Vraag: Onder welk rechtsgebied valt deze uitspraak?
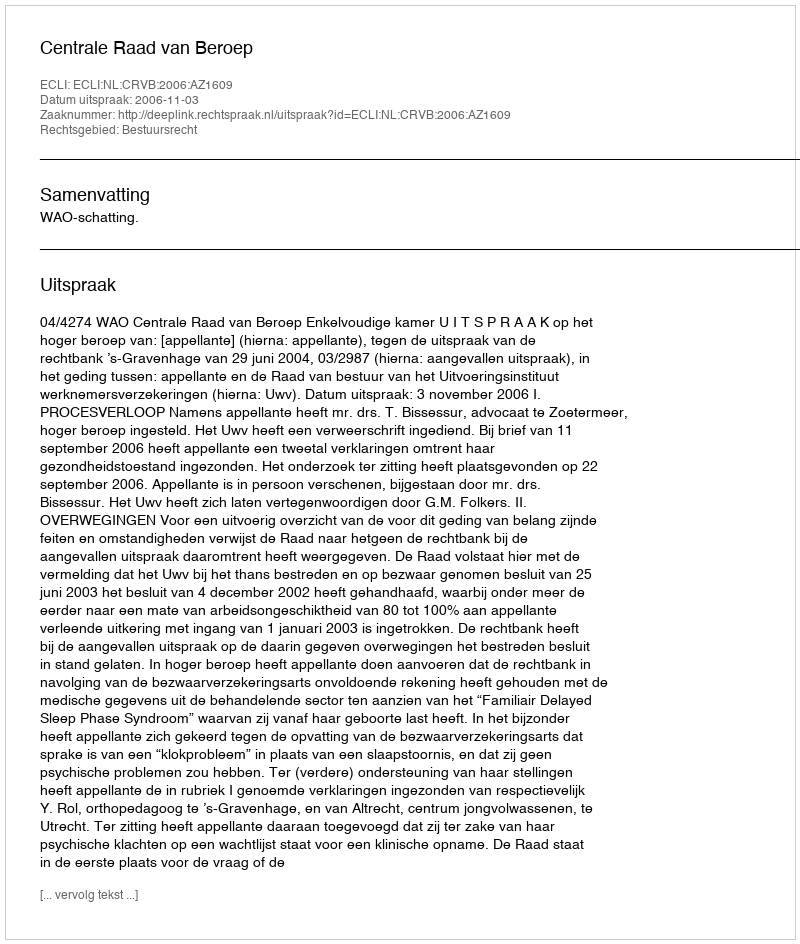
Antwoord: Bestuursrecht